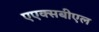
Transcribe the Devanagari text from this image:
एएक्सबीएल